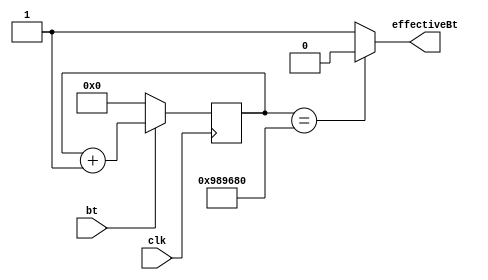
module eftBt(//
clk, bt, effectiveBt
    );
    input clk, bt;
    output reg effectiveBt;
    reg [31:0] btCount;
    
        //
    always@(posedge clk)begin
        if(bt) btCount= btCount+1;
        else
            btCount= 32'b0;
    end
    
    always@(btCount) begin
        if(btCount== 32'd10_000_000) effectiveBt= 'b0;//
        else effectiveBt= 'b1;
    end
endmodule